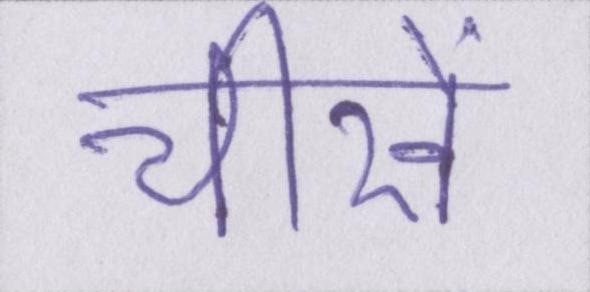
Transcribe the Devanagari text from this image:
चीखें